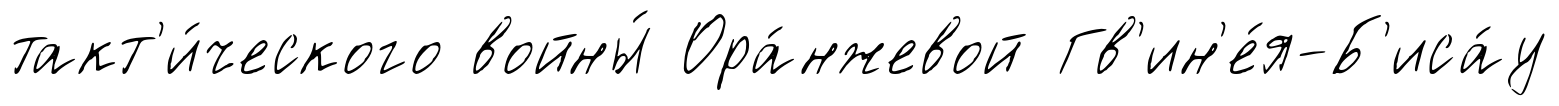
такт'и́ческого войны́ Ора́нжевой Гв'ин'е́я-Б'иса́у